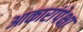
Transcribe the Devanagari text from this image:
आकारांपेक्षा